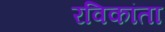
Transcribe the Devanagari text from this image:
रविकांता